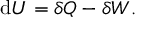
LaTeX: \mathrm { d } U = \delta Q - \delta W .